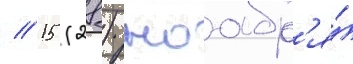
// 15 (28) ноабр'я́